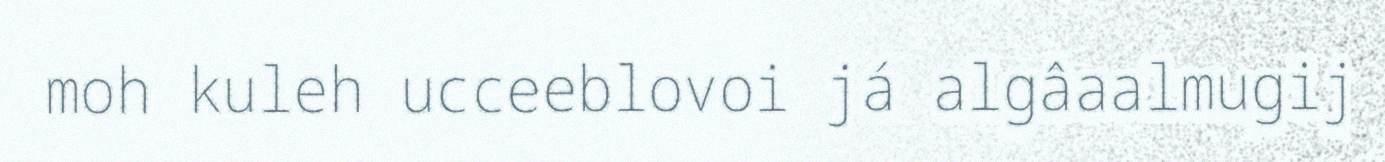
moh kuleh ucceeblovoi já algâaalmugij